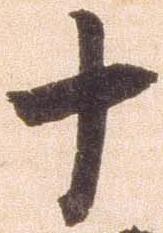
十